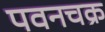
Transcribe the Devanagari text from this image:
पवनचक्र